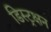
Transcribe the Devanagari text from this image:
डिस्ट्रक्षन